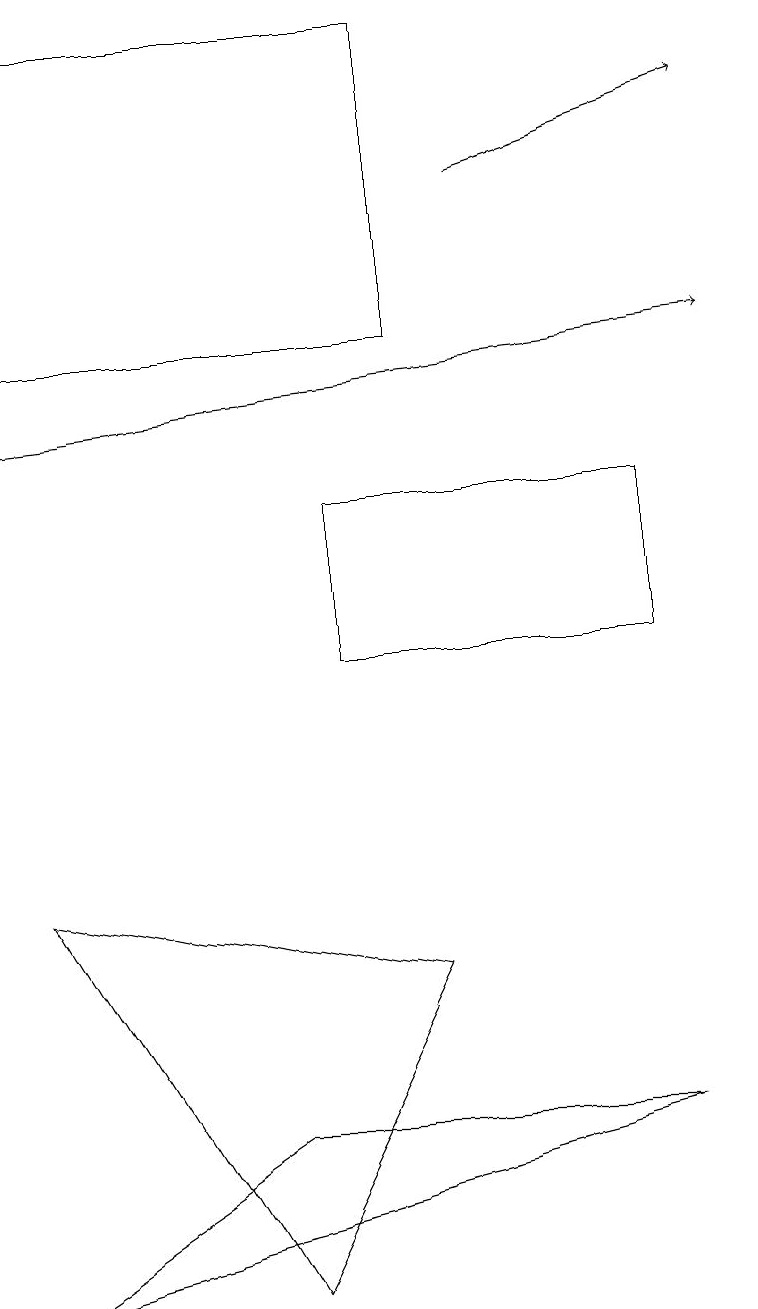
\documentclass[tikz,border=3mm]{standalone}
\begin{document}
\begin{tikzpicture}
\draw (3,2) -- (5,6) -- (0,7) -- cycle;
\draw (5,18) rectangle (0,14);
\draw[->] (0,13) -- (9,14);
\draw (8,4) -- (3,4) -- (0,2) -- cycle;
\draw[->] (6,16) -- (9,17);
\draw (8,12) rectangle (4,10);
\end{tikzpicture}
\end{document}